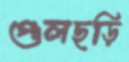
গুলছড়ি